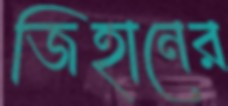
জিহানের